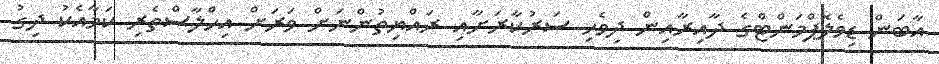
އާބަން ޑިވެލޮޕްމަންޓްގެ ދާއިރާއިން ދިވެހި ސަރުކާރަށާއި ރައްޔިތުންނަށް ވަރަށް އިހްލާސްތެރި ކަމާއެކު ދިގު